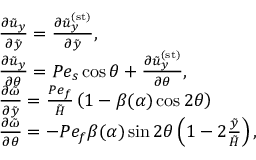
\begin{array} { r l } & { \frac { \partial \tilde { u } _ { y } } { \partial \tilde { y } } = \frac { \partial \tilde { u } _ { y } ^ { \mathrm { ( s t ) } } } { \partial \tilde { y } } , } \\ & { \frac { \partial \tilde { u } _ { y } } { \partial \theta } = P e _ { s } \cos \theta + \frac { \partial \tilde { u } _ { y } ^ { \mathrm { ( s t ) } } } { \partial \theta } , } \\ & { \frac { \partial \tilde { \omega } } { \partial \tilde { y } } = \frac { P e _ { f } } { \tilde { H } } \left( 1 - \beta ( \alpha ) \cos 2 \theta \right) } \\ & { \frac { \partial \tilde { \omega } } { \partial \theta } = - P e _ { f } \beta ( \alpha ) \sin 2 \theta \left( 1 - 2 \frac { \tilde { y } } { \tilde { H } } \right) , } \end{array}